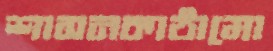
শাসনকাঠামো